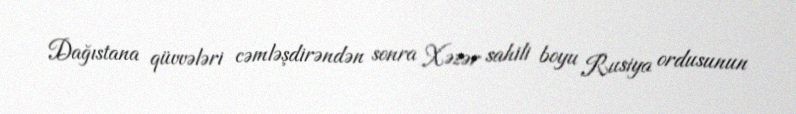
Dağıstana qüvvələri cəmləşdirəndən sonra Xəzər sahili boyu Rusiya ordusunun